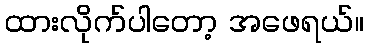
ထားလိုက်ပါတော့ အဖေရယ်။